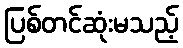
ပြစ်တင်ဆုံးမသည့်